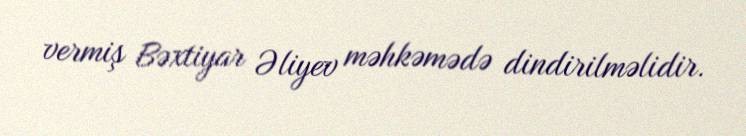
vermiş Bəxtiyar Əliyev məhkəmədə dindirilməlidir.